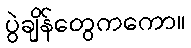
ပွဲချိန်တွေကကော။